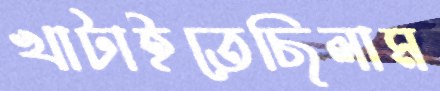
খাটাইতেছিলাম